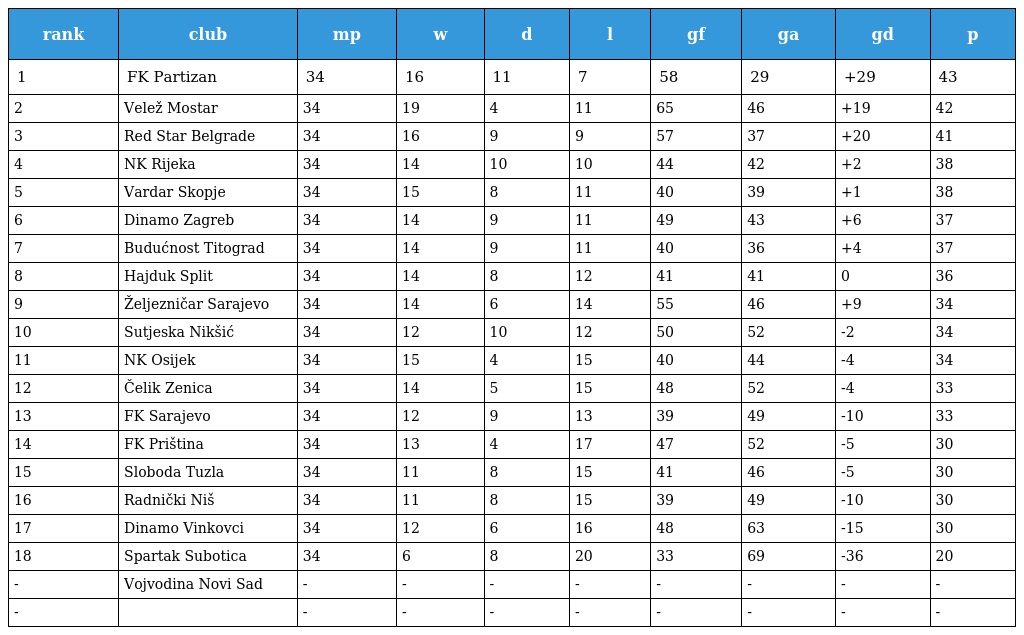
| rank | club | mp | w | d | l | gf | ga | gd | p |
 | --- | --- | --- | --- | --- | --- | --- | --- | --- | --- |
 | 1 | FK Partizan | 34 | 16 | 11 | 7 | 58 | 29 | +29 | 43 |
 | 2 | Velež Mostar | 34 | 19 | 4 | 11 | 65 | 46 | +19 | 42 |
 | 3 | Red Star Belgrade | 34 | 16 | 9 | 9 | 57 | 37 | +20 | 41 |
 | 4 | NK Rijeka | 34 | 14 | 10 | 10 | 44 | 42 | +2 | 38 |
 | 5 | Vardar Skopje | 34 | 15 | 8 | 11 | 40 | 39 | +1 | 38 |
 | 6 | Dinamo Zagreb | 34 | 14 | 9 | 11 | 49 | 43 | +6 | 37 |
 | 7 | Budućnost Titograd | 34 | 14 | 9 | 11 | 40 | 36 | +4 | 37 |
 | 8 | Hajduk Split | 34 | 14 | 8 | 12 | 41 | 41 | 0 | 36 |
 | 9 | Željezničar Sarajevo | 34 | 14 | 6 | 14 | 55 | 46 | +9 | 34 |
 | 10 | Sutjeska Nikšić | 34 | 12 | 10 | 12 | 50 | 52 | -2 | 34 |
 | 11 | NK Osijek | 34 | 15 | 4 | 15 | 40 | 44 | -4 | 34 |
 | 12 | Čelik Zenica | 34 | 14 | 5 | 15 | 48 | 52 | -4 | 33 |
 | 13 | FK Sarajevo | 34 | 12 | 9 | 13 | 39 | 49 | -10 | 33 |
 | 14 | FK Priština | 34 | 13 | 4 | 17 | 47 | 52 | -5 | 30 |
 | 15 | Sloboda Tuzla | 34 | 11 | 8 | 15 | 41 | 46 | -5 | 30 |
 | 16 | Radnički Niš | 34 | 11 | 8 | 15 | 39 | 49 | -10 | 30 |
 | 17 | Dinamo Vinkovci | 34 | 12 | 6 | 16 | 48 | 63 | -15 | 30 |
 | 18 | Spartak Subotica | 34 | 6 | 8 | 20 | 33 | 69 | -36 | 20 |
 | - | Vojvodina Novi Sad | - | - | - | - | - | - | - | - |
 | - |  | - | - | - | - | - | - | - | - |